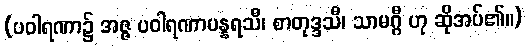
(ပဝါရဏာ၌ အဇ္ဇ ပဝါရဏာပန္နရသီ၊ စာတုဒ္ဒသီ၊ သာမဂ္ဂီ ဟု ဆိုအပ်၏။)